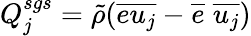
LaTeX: Q_{j}^{sgs}=\tilde{\rho}(\overline{{eu_{j}}}-\overline{{e}}\; \overline{{u_{j}}})